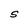
Character: S